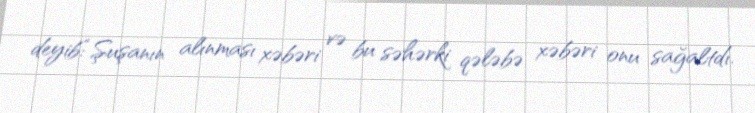
deyib:“Şuşanın alınması xəbəri və bu səhərki qələbə xəbəri onu sağaltdı.